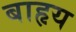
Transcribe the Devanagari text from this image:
बाहृय